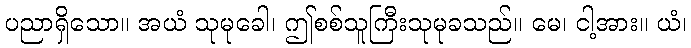
ပညာရှိသော။ အယံ သုမုခေါ၊ ဤစစ်သူကြီးသုမုခသည်။ မေ၊ ငါ့အား။ ယံ၊